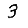
Digit: 3